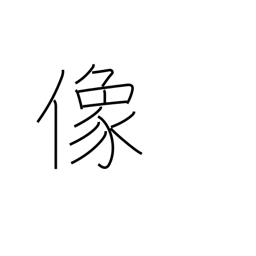
Meaning: image